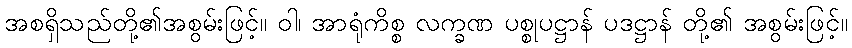
အစရှိသည်တို့၏အစွမ်းဖြင့်။ ဝါ၊ အာရုံကိစ္စ လက္ခဏ ပစ္စုပဋ္ဌာန် ပဒဋ္ဌာန် တို့၏ အစွမ်းဖြင့်။